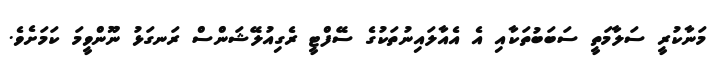
މަނާކުރީ ސަލާމަތީ ސަބަބުތަކާއި އެ އެއާލައިނުތަކުގެ ސޭފްޓީ ރެގިއުލޭޝަންސް ރަނގަޅު ނޫންވީމަ ކަމަށެވެ.